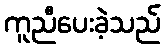
ကူညီပေးခဲ့သည်